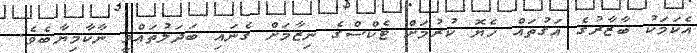
އެކަމަކު ބާޒާރުގެ އަގުތައް ހެޔޮ ކުރުމަށް ޓެކްސްގެ ނިޒާމަށް ގެނައި ބަދަލުތައްވީ ނާކާމިޔާބެވެ.